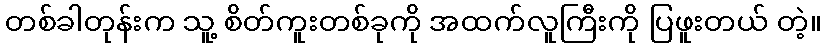
တစ်ခါတုန်းက သူ့ စိတ်ကူးတစ်ခုကို အထက်လူကြီးကို ပြဖူးတယ် တဲ့။